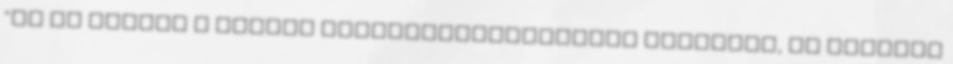
"Ez az ítélet a magyar igazságszolgáltatás szégyene, az eljárás